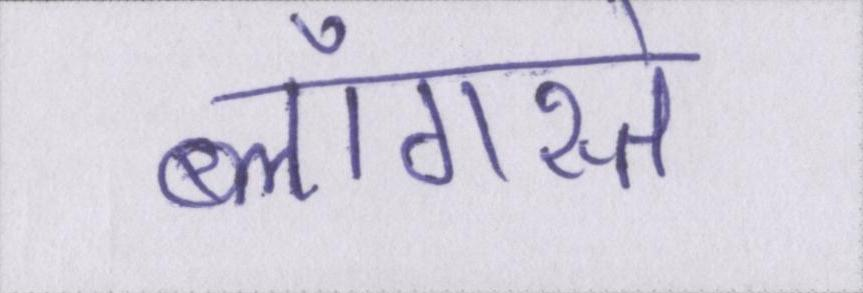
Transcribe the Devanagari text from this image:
ब्लॉगस्ते